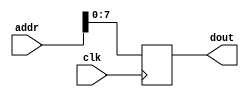
/*
 * A simple fake RAM that you can use to aid in debugging your wave display.
 */

module fake_sample_ram (
    input clk,
   // input [7:0] addr,
 	 input [8:0] addr,
    output reg [7:0] dout
);

    always @(posedge clk)
        dout = addr[7:0];

endmodule